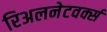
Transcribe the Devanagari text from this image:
रिअलनेटवर्क्स